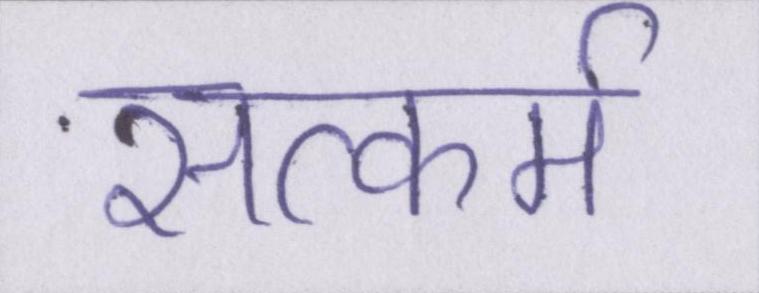
सत्कर्म